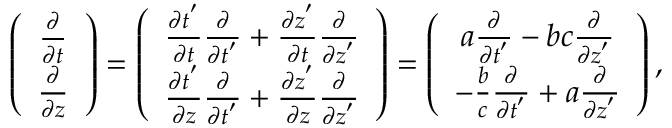
\begin{array} { r } { \left( \begin{array} { c } { \frac { \partial } { \partial t } } \\ { \frac { \partial } { \partial z } } \end{array} \right) = \left( \begin{array} { c } { \frac { \partial t ^ { ' } } { \partial t } \frac { \partial } { \partial t ^ { ' } } + \frac { \partial z ^ { ' } } { \partial t } \frac { \partial } { \partial z ^ { ' } } } \\ { \frac { \partial t ^ { ' } } { \partial z } \frac { \partial } { \partial t ^ { ' } } + \frac { \partial z ^ { ' } } { \partial z } \frac { \partial } { \partial z ^ { ' } } } \end{array} \right) = \left( \begin{array} { c } { a \frac { \partial } { \partial t ^ { ' } } - b c \frac { \partial } { \partial z ^ { ' } } } \\ { - \frac { b } { c } \frac { \partial } { \partial t ^ { ' } } + a \frac { \partial } { \partial z ^ { ' } } } \end{array} \right) , } \end{array}